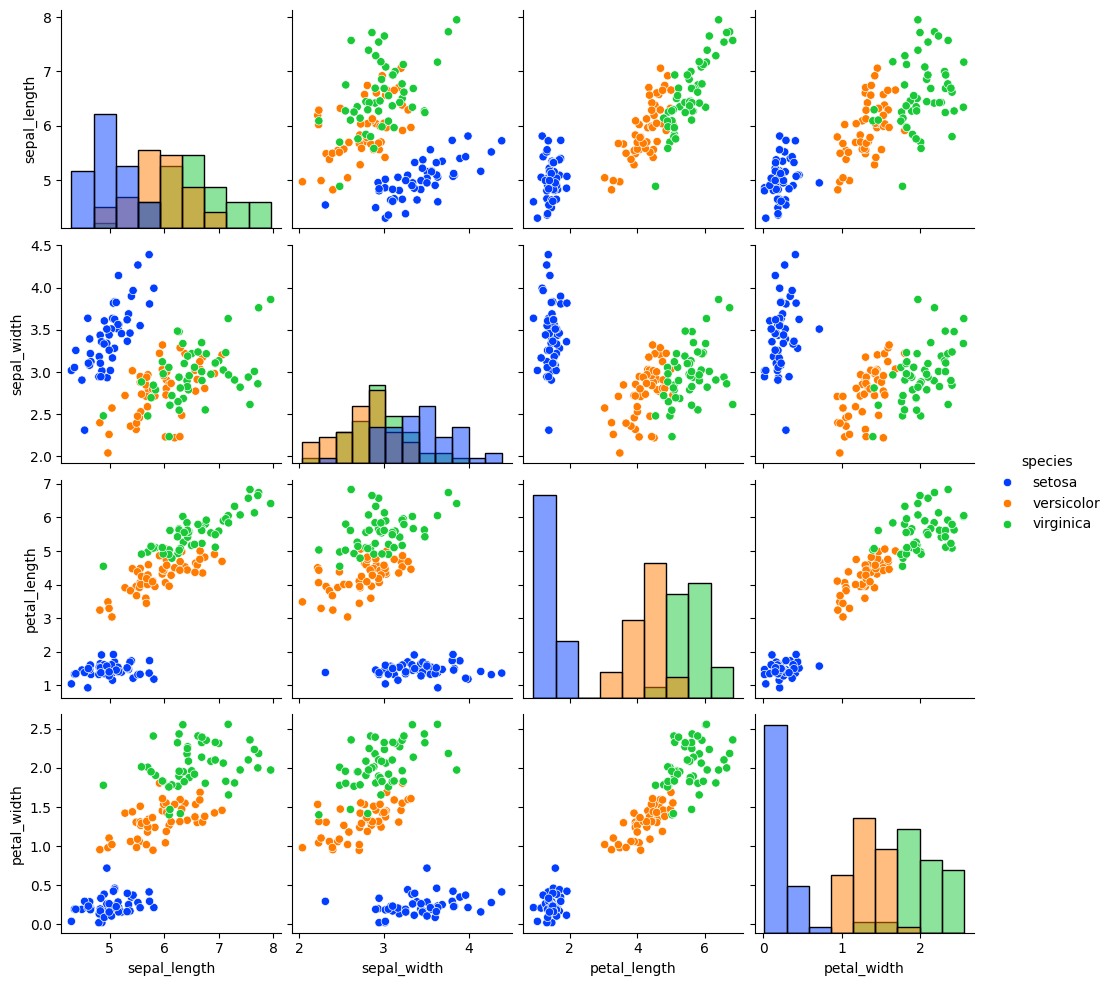
python, seaborn, pairplot, palette='bright', markers=['o'], kind='scatter', diag_kind='hist'